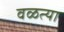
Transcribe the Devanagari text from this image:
वळत्या